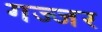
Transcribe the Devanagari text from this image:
गज्जर